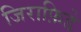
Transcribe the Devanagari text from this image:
जिराफ़िडे